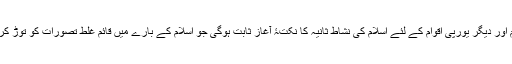
مسجد کے نو مسلم ترجمان عبدالحق سلابیری کا کہنا ہے کہ ’یہ مسجد ہسپانوی عوام اور دیگر یورپی اقوام کے لئے اسلام کی نشاط ثانیہ کا نکتۂ آغاز ثابت ہوگی جو اسلام کے بارے میں قائم غلط تصورات کو توڑ کر اسے یورپی اقوام کے لئے ایک بیرونی مذہب کی حیثیت سے متعارف کرائے گی۔